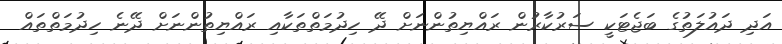
އަދި ދައުލަތުގެ ބަޖެޓަކީ ސަރުކާރުން ރައްޔިތުންނަށް ދޭ ހިދުމަތްތަކާއި ރައްޔިތުންނަށް ދޭނެ ހިދުމަތްތައް